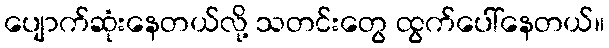
ပျောက်ဆုံးနေတယ်လို့ သတင်းတွေ ထွက်ပေါ်နေတယ်။